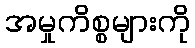
အမှုကိစ္စများကို